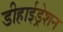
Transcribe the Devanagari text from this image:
डीहाईड्रेशन